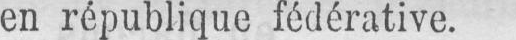
en république fédérative.